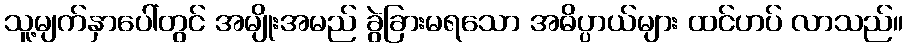
သူ့မျက်နှာပေါ်တွင် အမျိုးအမည် ခွဲခြားမရသော အဓိပ္ပာယ်များ ထင်ဟပ် လာသည်။